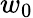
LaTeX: w_{0}